Civil Veterinary Department Bengal reports 1933-51 - 1933-1951
Year: 1933
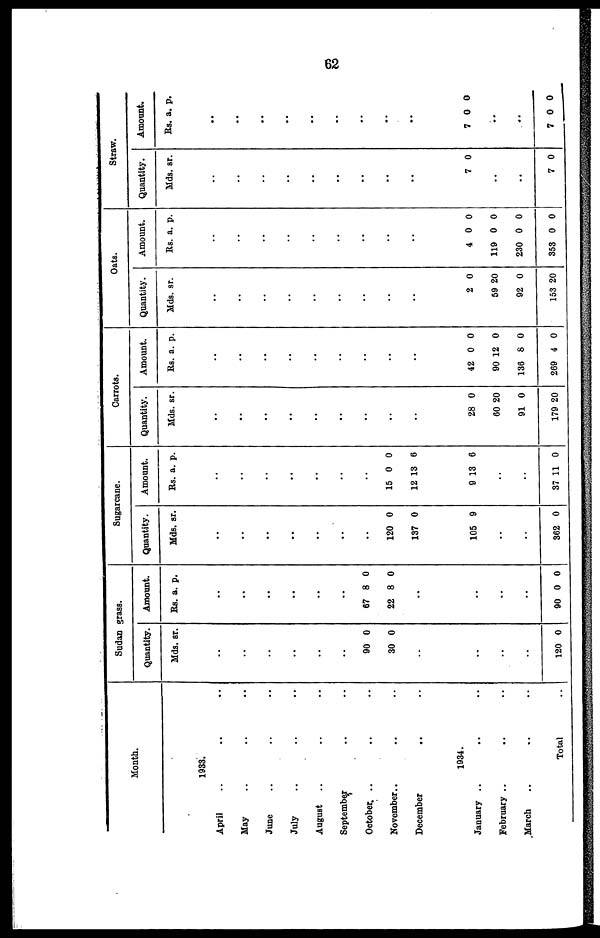
62
Month.
1933.
April .. .. ..
May .. .. ..
June .. .. ..
July .. .. ..
August .. .. ..
September .. .. ..
October .. .. ..
November.. .. ..
December .. .. ..
1934.
January .. .. ..
February .. .. ..
March .. .. ..
Total ..
Sudan grass.
Quantity.
Mds.
..
..
..
..
..
..
90
30
..
..
..
..
120
sr.
0
0
0
Amount.
Rs.
..
..
..
..
..
..
67
22
..
..
..
..
90
a.
8
8
0
p.
0
0
0
Sugarcane.
Quantity.
Mds.
..
..
..
..
..
..
..
120
137
105
..
..
362
sr.
0
0
9
0
Amount.
Rs
..
..
..
..
..
..
..
15
12
9
..
..
37
. a.
0
13
13
11
p.
0
6
6
0
Carrots.
Quantity.
Mds
..
..
..
..
..
..
..
..
..
28
60
91
179
. sr.
0
20
0
20
Amount.
Rs
..
..
..
..
..
..
..
..
..
42
90
136
269
. a.
0
12
8
4
p.
0
0
0
0
Oats.
Quantity.
Mds.
..
..
..
..
..
..
..
..
..
2
59
92
153
sr.
0
20
0
20
Amount.
Rs.
..
..
..
..
..
..
..
..
..
4
119
230
353
a.
0
0
0
0
p.
0
0
0
0
Straw.
Quantity.
Mds.
..
..
..
..
..
..
..
..
..
7
..
..
7
sr.
0
0
Amount.
Rs.
..
..
..
..
..
..
..
..
..
7
..
..
7
a.
0
0
p.
0
0